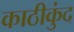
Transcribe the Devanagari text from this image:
काठीकुंद